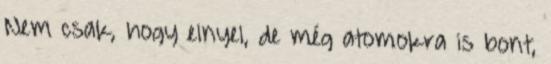
Nem csak, hogy elnyel, de még atomokra is bont,